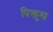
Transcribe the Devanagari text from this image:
पिक्तुस